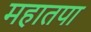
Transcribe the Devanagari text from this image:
महातपा